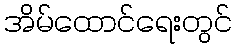
အိမ်ထောင်ရေးတွင်